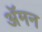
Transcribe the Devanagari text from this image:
अॅमन